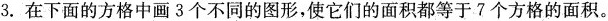
3.在下面的方格中画3个不同的图形，使它们的面积都等于7个方格的面积。